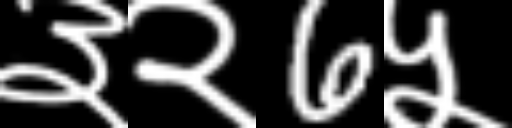
Text: ३२6५